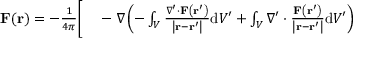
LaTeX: \begin{array} { r l } { \mathbf { F } ( \mathbf { r } ) = - { \frac { 1 } { 4 \pi } } { \bigg [ } } & { { } - \nabla \left( - \int _ { V } { \frac { \nabla ^ { \prime } \cdot \mathbf { F } \left( \mathbf { r } ^ { \prime } \right) } { \left| \mathbf { r } - \mathbf { r } ^ { \prime } \right| } } \mathrm { d } V ^ { \prime } + \int _ { V } \nabla ^ { \prime } \cdot { \frac { \mathbf { F } \left( \mathbf { r } ^ { \prime } \right) } { \left| \mathbf { r } - \mathbf { r } ^ { \prime } \right| } } \mathrm { d } V ^ { \prime } \right) } \end{array}